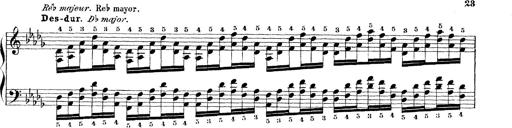
Title: Technische Studien
Composer: Franz Liszt